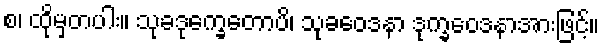
စ၊ ထိုမှတပါး။ သုခဒုက္ခေတောပိ၊ သုခဝေဒနာ ဒုက္ခဝေဒနာအားဖြင့်။